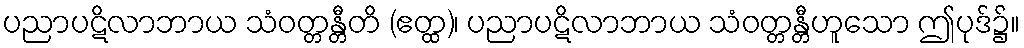
ပညာပဋိလာဘာယ သံဝတ္တန္တီတိ (ဧတ္ထ)၊ ပညာပဋိလာဘာယ သံဝတ္တန္တီဟူသော ဤပုဒ်၌။